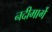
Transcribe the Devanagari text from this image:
नदीमार्गे